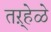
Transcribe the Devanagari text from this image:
तऱ्हेळे